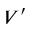
V ^ { \prime }